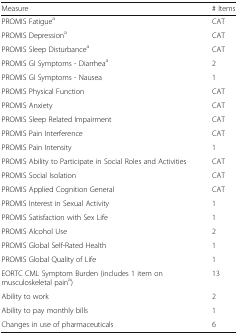
<table><thead><tr><td><b>Measure</b></td><td><b># Items</b></td></tr></thead><tbody><tr><td>PROMIS Fatigue<sup>a</sup></td><td>CAT</td></tr><tr><td>PROMIS Depression<sup>a</sup></td><td>CAT</td></tr><tr><td>PROMIS Sleep Disturbance<sup>a</sup></td><td>CAT</td></tr><tr><td>PROMIS GI Symptoms - Diarrhea<sup>a</sup></td><td>2</td></tr><tr><td>PROMIS GI Symptoms - Nausea</td><td>1</td></tr><tr><td>PROMIS Physical Function</td><td>CAT</td></tr><tr><td>PROMIS Anxiety</td><td>CAT</td></tr><tr><td>PROMIS Sleep Related Impairment</td><td>CAT</td></tr><tr><td>PROMIS Pain Interference</td><td>CAT</td></tr><tr><td>PROMIS Pain Intensity</td><td>1</td></tr><tr><td>PROMIS Ability to Participate in Social Roles and Activities</td><td>CAT</td></tr><tr><td>PROMIS Social Isolation</td><td>CAT</td></tr><tr><td>PROMIS Applied Cognition General</td><td>CAT</td></tr><tr><td>PROMIS Interest in Sexual Activity</td><td>1</td></tr><tr><td>PROMIS Satisfaction with Sex Life</td><td>1</td></tr><tr><td>PROMIS Alcohol Use</td><td>2</td></tr><tr><td>PROMIS Global Self-Rated Health</td><td>1</td></tr><tr><td>PROMIS Global Quality of Life</td><td>1</td></tr><tr><td>EORTC CML Symptom Burden (includes 1 item on musculoskeletal pain<sup>a</sup>)</td><td>13</td></tr><tr><td>Ability to work</td><td>2</td></tr><tr><td>Ability to pay monthly bills</td><td>1</td></tr><tr><td>Changes in use of pharmaceuticals</td><td>6</td></tr></tbody></table>